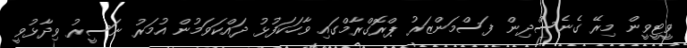
ވީޓީވީން މިރޭ ގެނެސްދިން ފަސްމަންޒަރު ޕްރޮގްރާމްގައި ވާހަކަފުޅު ދައްކަވަމުން އުމަރު ނަސީރު ވިދާޅުވީ